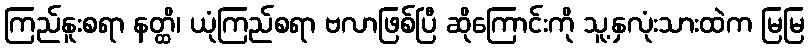
ကြည်နူးစရာ နတ္ထိ၊ ယုံကြည်စရာ ဗလာဖြစ်ပြီ ဆိုကြောင်းကို သူ့နှလုံးသားထဲက မြမြ